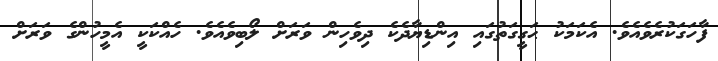
ފާހަގަކުރެވެއެވެ. އެކަމަކު ޙަގީގަތުގައި އިންޑިޔާދެކެ ދިވެހިން ވަރަށް ލޯބިވެއެވެ. ހެއްކަކީ އެމީހުންގެ ވަރަށް